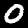
Digit: 0